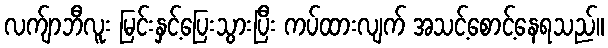
လက်ျာဘီလူး မြင်းနှင့်ပြေးသွားပြီး ကပ်ထားလျက် အသင့်စောင့်နေရသည်။